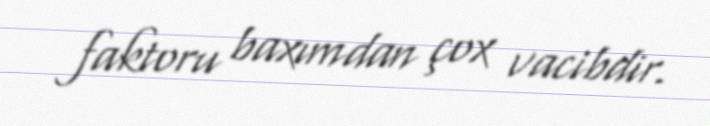
faktoru baxımdan çox vacibdir.